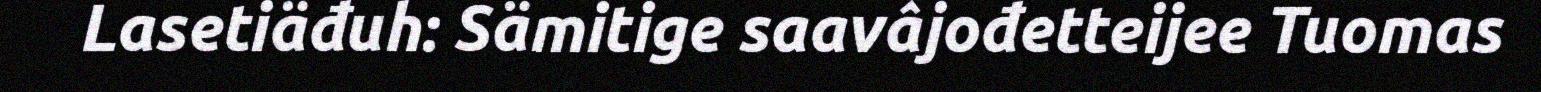
Lasetiäđuh: Sämitige saavâjođetteijee Tuomas